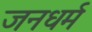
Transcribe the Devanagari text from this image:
जनधर्म